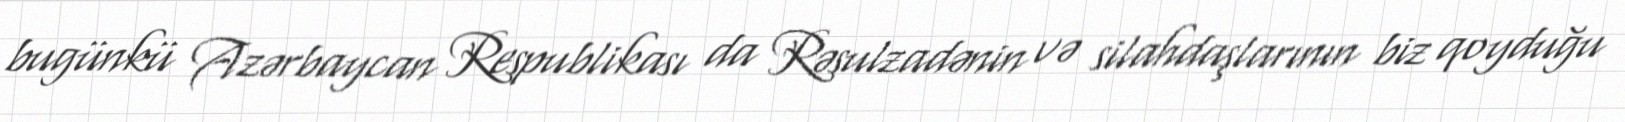
bugünkü Azərbaycan Respublikası da Rəsulzadənin və silahdaşlarının biz qoyduğu